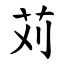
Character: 苅